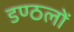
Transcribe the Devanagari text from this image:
डण्ठलों